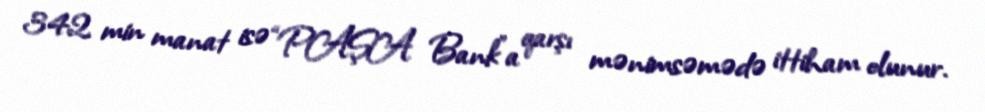
342 min manat isə “PAŞA Bank”a qarşı mənimsəmədə ittiham olunur.